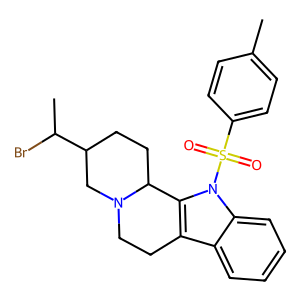
SMILES: Cc1ccc(S(=O)(=O)n2c3c(c4ccccc42)CCN2CC(C(C)Br)CCC32)cc1
Inhibits HIV replication: No